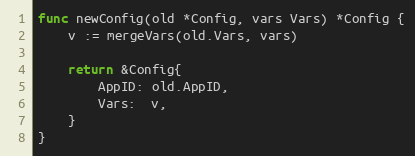
Language: Go
func newConfig(old *Config, vars Vars) *Config {
	v := mergeVars(old.Vars, vars)

	return &Config{
		AppID: old.AppID,
		Vars:  v,
	}
}